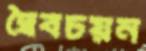
দ্বৈবচয়ন